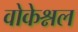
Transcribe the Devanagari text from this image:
वोकेश्नल